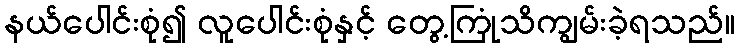
နယ်ပေါင်းစုံ၍ လူပေါင်းစုံနှင့် တွေ့ကြုံသိကျွမ်းခဲ့ရသည်။